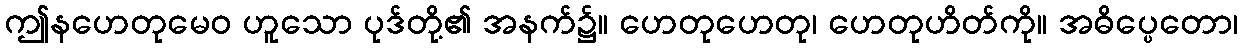
ဤနဟေတုမေဝ ဟူသော ပုဒ်တို့၏ အနက်၌။ ဟေတုဟေတု၊ ဟေတုဟိတ်ကို။ အဓိပ္ပေတော၊